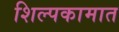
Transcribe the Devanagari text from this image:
शिल्पकामात